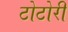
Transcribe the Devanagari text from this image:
टोटोरी